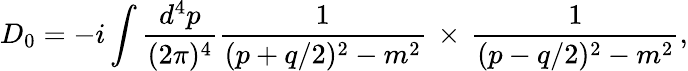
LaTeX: D_{0}=-i\int{\frac{d^{4}p}{(2\pi)^{4}}}{\frac{1}{(p+q/2)^{2}-m^{2}}}\, \times\, {\frac{1}{(p-q/2)^{2}-m^{2}}},